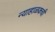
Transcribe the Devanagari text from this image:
न्याहाळकची